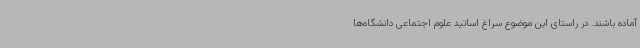
آماده باشند. در راستای این موضوع سراغ اساتید علوم اجتماعی دانشگاه‌ها